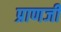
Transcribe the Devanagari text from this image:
प्राणजी